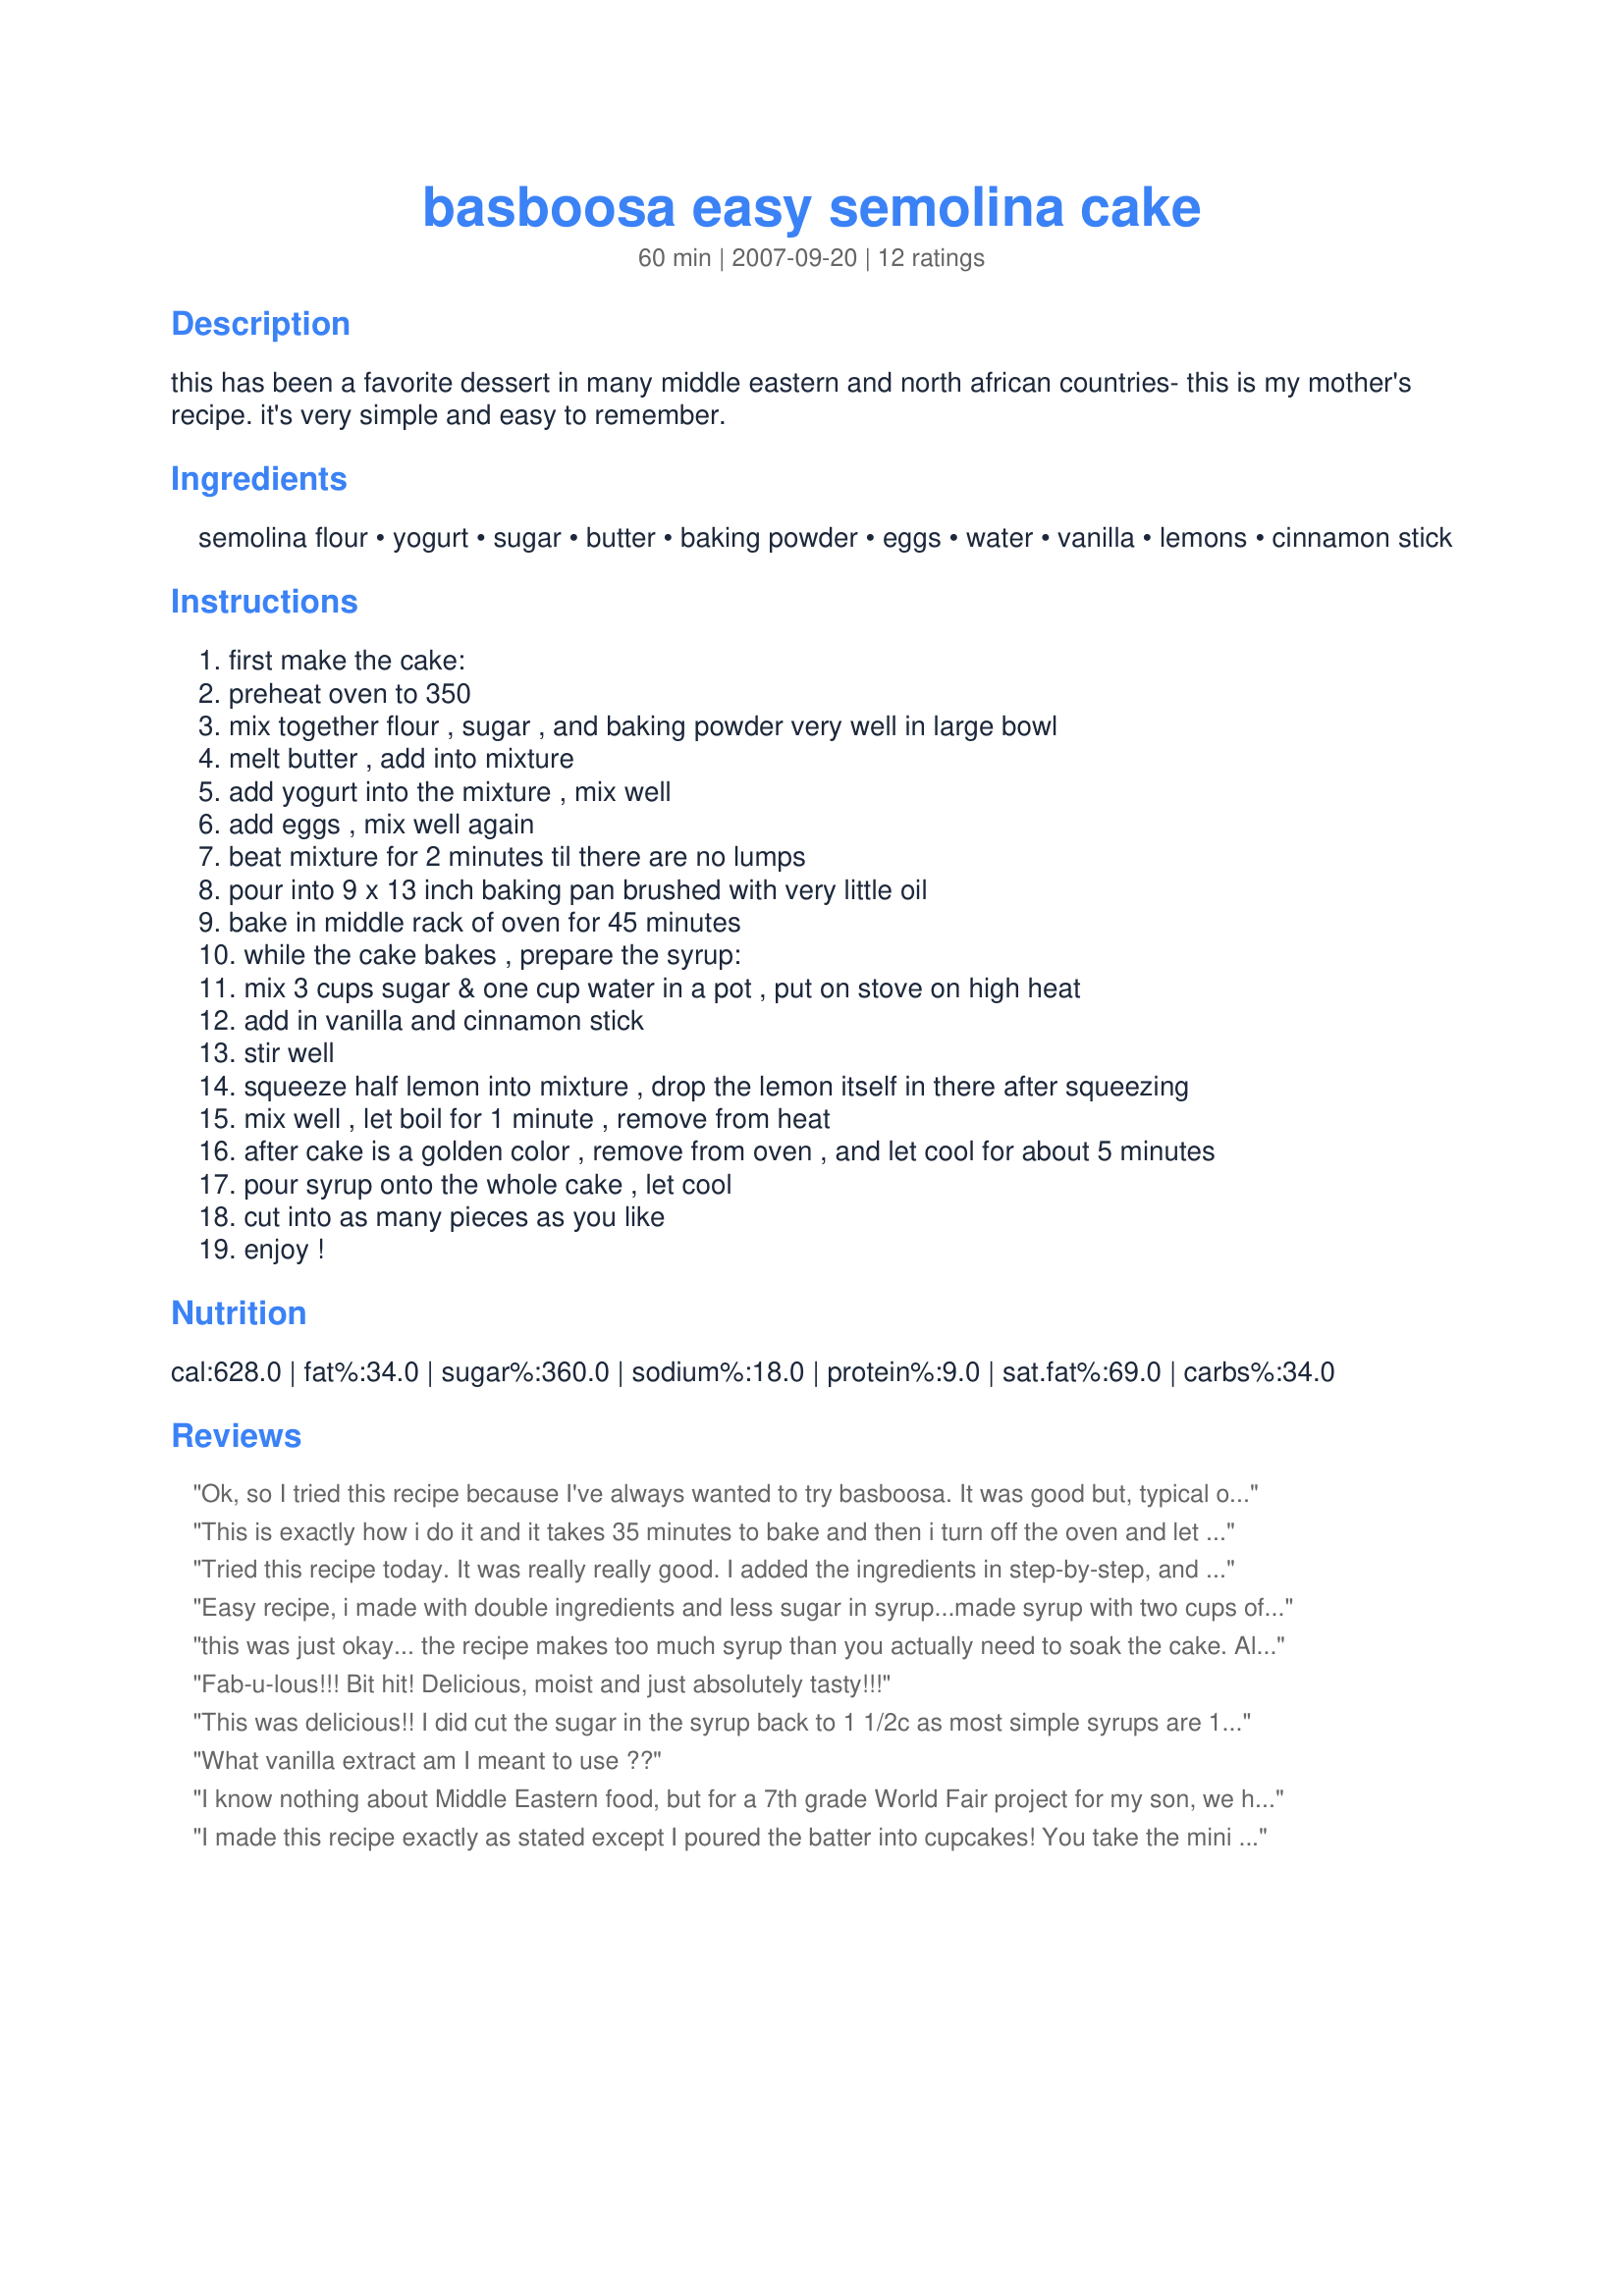
basboosa easy semolina cake
Preparation time: 60 minutes

this has been a favorite dessert in many middle eastern and north african countries- this is my mother's recipe. it's very simple and easy to remember.

Ingredients:
semolina flour, yogurt, sugar, butter, baking powder, eggs, water, vanilla, lemons, cinnamon stick

Steps:
first make the cake:
preheat oven to 350
mix together flour , sugar , and baking powder very well in large bowl
melt butter , add into mixture
add yogurt into the mixture , mix well
add eggs , mix well again
beat mixture for 2 minutes til there are no lumps
pour into 9 x 13 inch baking pan brushed with very little oil
bake in middle rack of oven for 45 minutes
while the cake bakes , prepare the syrup:
mix 3 cups sugar & one cup water in a pot , put on stove on high heat
add in vanilla and cinnamon stick
stir well
squeeze half lemon into mixture , drop the lemon itself in there after squeezing
mix well , let boil for 1 minute , remove from heat
after cake is a golden color , remove from oven , and let cool for about 5 minutes
pour syrup onto the whole cake , let cool
cut into as many pieces as you like
enjoy !

Reviews:
Ok, so I tried this recipe because I've always wanted to try basboosa. It was good but, typical of Middle Eastern desserts, the recipe calls for the cake to be absolutely drowned in syrup. I only put half the syrup on the cake and that was more than enough. Also, again very typical, the finished product was very very sweet. So I would suggest cutting out 1/2, maybe 3/4 cup of sugar from the syrup [I really don't think it will be missed, there's still loads of sugar in the syrup]. But overall, it was very good.
This is exactly how i do it and it takes 35 minutes to bake and then i turn off the oven and let it caramelize for 10 more minutes.
Tried this recipe today. It was really really good. I added the ingredients in step-by-step, and fully whisked them before adding the next ingredient. I also let the batter sit for a good 30 minutes before baking. As for the syrup, I only used 3/4 cup sugar and water. Added some fresh lemon juice and a tiny bit of vanilla extract. I think the baking time was short (maybe 25-35 minutes). Overall, great recipe and will definitely keep it. Thank you for posting this recipe!
Easy recipe, i made with double ingredients and less sugar in syrup...made syrup with two cups of sugar and 2 cups of water...the taste of lemon and lime gives a refreshing taste ...it was light not too sweet and decorated with sesame
this was just okay... the recipe makes too much syrup than you actually need to soak the cake. Also the cook time is way too long. I took mine out of the oven about 35 min into cooking and it was already over done. the edge of this cake is not suppose to be crispy or caramelized. it is not suppose to have any sort of a crust. it is a good cake. the taste is spot on... but i think the recipe needs a little bit of adjusting.
Fab-u-lous!!! Bit hit! Delicious, moist and just absolutely tasty!!!
This was delicious!! I did cut the sugar in the syrup back to 1 1/2c as most simple syrups are 1:1 sugar:water ratio, anyway. I was surprised & pleased that the cake wasn't overly sweet! I used an orange as I didn't have a lemon or lime. So then I added a TB of orange flower water. We LOVE the texture of semolina cakes. This was absolutely delicious. Thank you!
What vanilla extract am I meant to use ??
I know nothing about Middle Eastern food, but for a 7th grade World Fair project for my son, we had to find something from Saudi Arabia. This recipe was easy & it was a hit (although I'm sure all the students were bouncing off the walls considering the sugar content!). Like the other suggestions, we also cut down the sugar in the syrup. LOVE the cinnamon/vanilla/lime combo!
We will make this again because it's so yummy!
I made this recipe exactly as stated except I poured the batter into cupcakes! You take the mini cakes and set them on plates, then soak with the syrup. It's delicious. This is very similar to cakes some of the old aunties at the masjid will make for Ramadan Iftars. It looks very elegant to have a little miniature cake -- turn it upside down on the plate and garnish with sprigs of mint and some fruit slices for presentation. This recipe is super easy and would be great for kids learning to bake.
I also cut the sugar down to 1 cup in the syrup. Love love love this cake! Tastes fantastic warmed. Can be frozen and reheated in microwave for later enjoyment. Thanks for a simple but fantastic recipe. So good with a little whipped cream. :)
I had never made/had basboosa before, so I wasn't sure how it should turn out. The flavor of the cake was great, but it was a bit flat and stuck to the bottom of the pan. It did have a great caramelized crust around the edges. Overall, I really like it. We only made a small batch of the syrup and served it warm with Easy Date and Pecan Ice Cream (Recipe #130004). Together it was a very yummy desert.
